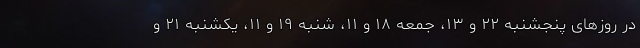
در روزهای پنجشنبه ۲۲ و ۱۳، جمعه ۱۸ و ۱۱، شنبه ۱۹ و ۱۱، یکشنبه ۲۱ و